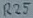
Text: R25